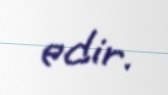
edir.